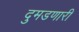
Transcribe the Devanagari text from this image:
दुमडणारी